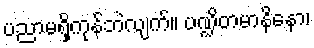
ပညာမရှိကုန်ဘဲလျက်။ ပဏ္ဍိတမာနိနော၊